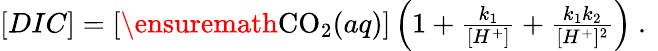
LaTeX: \begin{array}{r}{[DIC]=[\ensuremath{\mathrm{CO_{2}}}(aq)]\left(1+\frac{k_{1}}{[H^{+}]}+\frac{k_{1}k_{2}}{[H^{+}]^{2}}\right)\mathrm{~.~}}\end{array}